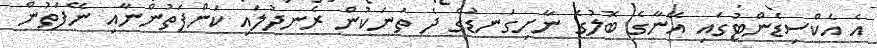
އެ އެކްސިޑެންޓުގައި އޭނާގެ ބޮލުގެ ނާށިގަނޑުގެ ދެ ތަނަކުން ރެނދުލައި ކަންފަތުންނާއި ނޭފަތުން